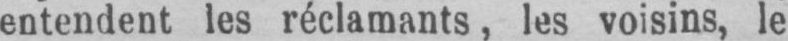
entendent les réclamants, les voisins, le